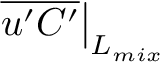
\left. \overline { { u ^ { \prime } C ^ { \prime } } } \right| _ { L _ { m i x } }